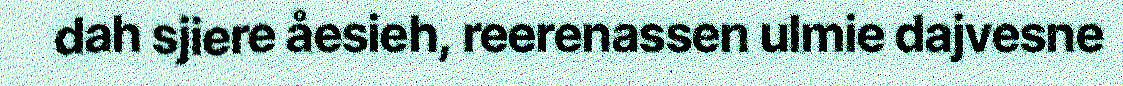
dah sjiere åesieh, reerenassen ulmie dajvesne